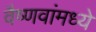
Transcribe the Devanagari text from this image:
वैष्णवांमध्ये